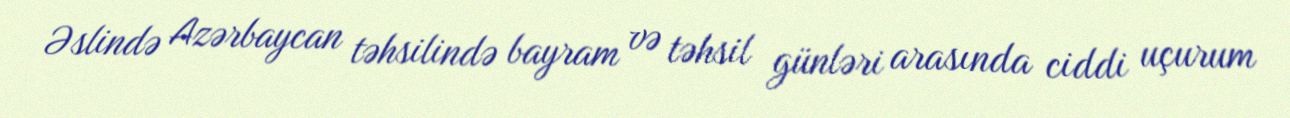
Əslində Azərbaycan təhsilində bayram və təhsil günləri arasında ciddi uçurum